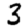
Digit: 3